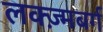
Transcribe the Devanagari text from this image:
लक्ज़्मबर्ग